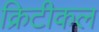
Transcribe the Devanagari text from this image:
क्रिटीकल